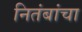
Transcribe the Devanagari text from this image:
नितंबांचा